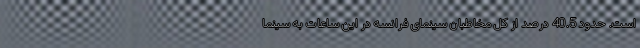
است. حدود 40.5 درصد از کل مخاطبان سینمای فرانسه در این ساعات به سینما